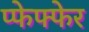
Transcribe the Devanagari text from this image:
प्फेफ्फेर